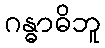
ဂန္ဓာဓိဘူ